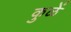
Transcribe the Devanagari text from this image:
कुळें